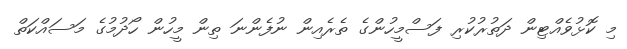
މި ކޮޅުވެއްޓިން ދަތުރުކުރި ފަސްމީހުންގެ ތެރެއިން ނުފެންނަ ތިން މީހުން ހޯދުމުގެ މަސައްކަތް